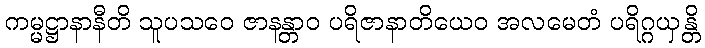
ကမ္မဋ္ဌာနာနီတိ သူပသဝေ ဇာနန္တာဝ ပရိဇာနာတိယေဝ အလမေတံ ပရိဂ္ဂယှန္တိ